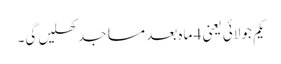
یکم جولائی یعنی 4 ماہ بعد مساجد کھلیں گی۔